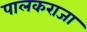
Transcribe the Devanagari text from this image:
पालकराजा